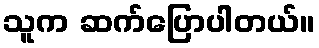
သူက ဆက်ပြောပါတယ်။